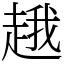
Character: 䞲